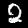
Digit: 2